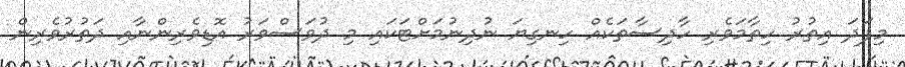
މިފަދަ އިތުރު ހިތާމަވެރި ހާދިސާތަކެއް ހިނގިޔަ ނުދިނުމަށްޓަކައި މި ދުވަސްވަރު އޮޑިވެރިންނާއި ދަތުރުވެރިން